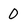
Character: 0